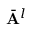
\bar { \mathbf { A } } ^ { l }